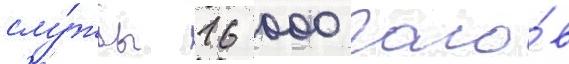
слу́жбы 16 000 часо́в